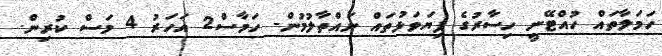
ހަމަލާތައް ހުއްޓޭނީ ހިސާރުގެ ފިޔަވަޅުތައް ނައްތާލުމުން- ހަމާސް2 އަހަރު 4 މަސް ކުރިން.